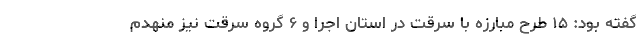
گفته بود: ۱۵ طرح مبارزه با سرقت در استان اجرا و ۶ گروه سرقت نیز منهدم